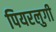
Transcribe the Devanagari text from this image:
पियरलुगी